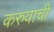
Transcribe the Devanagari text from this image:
करुवाची